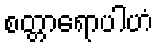
စတ္တာရောပါဟံ